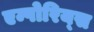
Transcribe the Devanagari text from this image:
एम्पोरिय्स